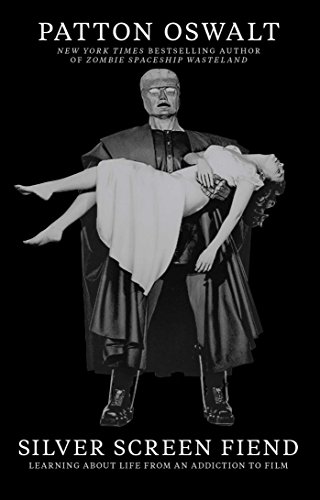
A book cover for Silver Screen Fiend: Learning About Life from an Addiction to Film; Patton Oswalt; Humor & Entertainment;